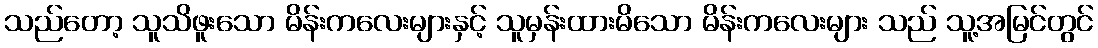
သည်တော့ သူသိဖူးသော မိန်းကလေးများနှင့် သူမှန်းထားမိသော မိန်းကလေးများ သည် သူ့အမြင်တွင်